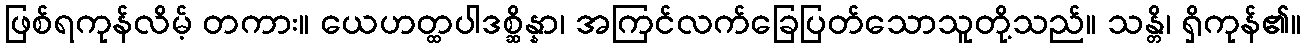
ဖြစ်ရကုန်လိမ့် တကား။ ယေဟတ္ထပါဒစ္ဆိန္နာ၊ အကြင်လက်ခြေပြတ်သောသူတို့သည်။ သန္တိ၊ ရှိကုန်၏။